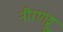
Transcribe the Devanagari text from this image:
नीरागड्डू